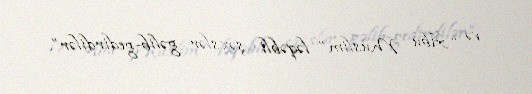
və “Abu Muslim” ləqəbli şəxslər gəlib-gedirdilər”.